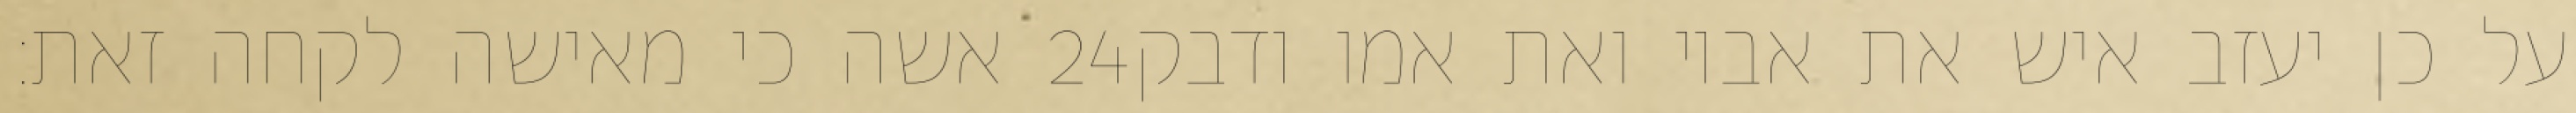
אשה כי מאישה לקחה זאת׃ ‎24‏ על כן יעזב איש את אביו ואת אמו ודבק